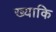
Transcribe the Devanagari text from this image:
ख्याकि